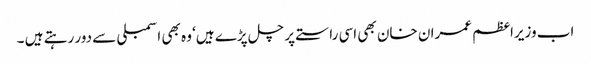
اب وزیراعظم عمران خان بھی اسی راستے پر چل پڑے ہیں‘ وہ بھی اسمبلی سے دور رہتے ہیں ۔